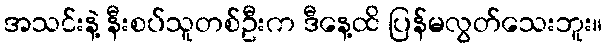
အသင်းနဲ့ နီးစပ်သူတစ်ဦးက ဒီနေ့ထိ ပြန်မလွတ်သေးဘူး။